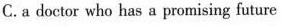
C. adoctcr who has a promising future